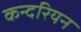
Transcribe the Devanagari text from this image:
कन्दरियन